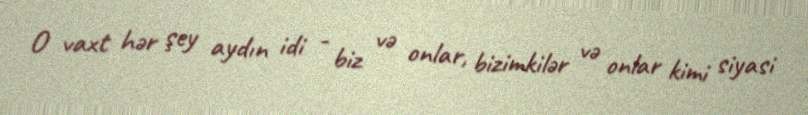
O vaxt hər şey aydın idi - biz və onlar, bizimkilər və onlar kimi siyasi